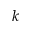
k